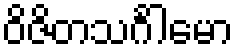
ဝိဇိတသင်္ဂါမော